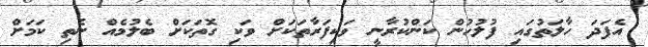
އެފަދަ ހާލަތުގައި ފުލުހުން ކަންކުރާނީ ވަކިފަރާތަކަށް ވަކި ގޮތަކަށް ބެލުމެއް ނެތި ކަމަށް